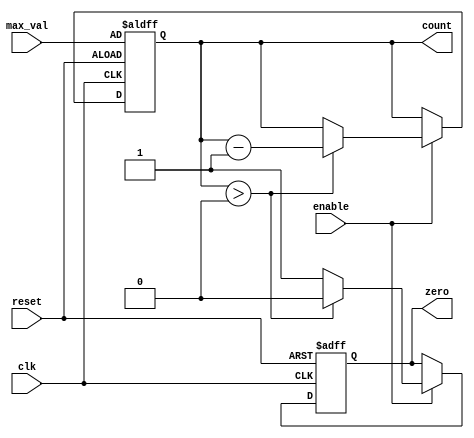
module DecrementalCounter (
    input wire clk,          // Clock signal
    input wire reset,        // Asynchronous reset signal
    input wire enable,       // Enable signal for decrementing
    input wire [7:0] max_val, // Maximum value for the counter (8 bits)
    output reg [7:0] count,  // Current count value (8 bits)
    output reg zero          // Output signal indicating when count reaches zero
);

    // Asynchronous reset
    always @(posedge clk or posedge reset) begin
        if (reset) begin
            count <= max_val; // Initialize count to maximum value on reset
            zero <= 0;        // Reset zero output
        end
        else if (enable) begin
            if (count > 0) begin
                count <= count - 1; // Decrement count
                zero <= 0;           // Reset zero output since count is not zero
            end
            else begin
                zero <= 1;           // Set zero output since count is zero
            end
        end
    end

endmodule